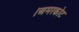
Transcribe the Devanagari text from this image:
।अमरकोट